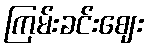
ကြမ်းခင်းဈေး